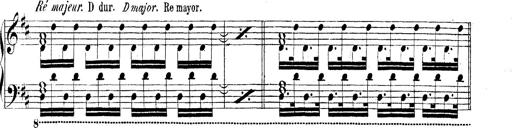
Title: Technische Studien
Composer: Franz Liszt